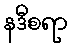
နဒီစရာ